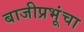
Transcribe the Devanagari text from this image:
बाजीप्रभूंचा